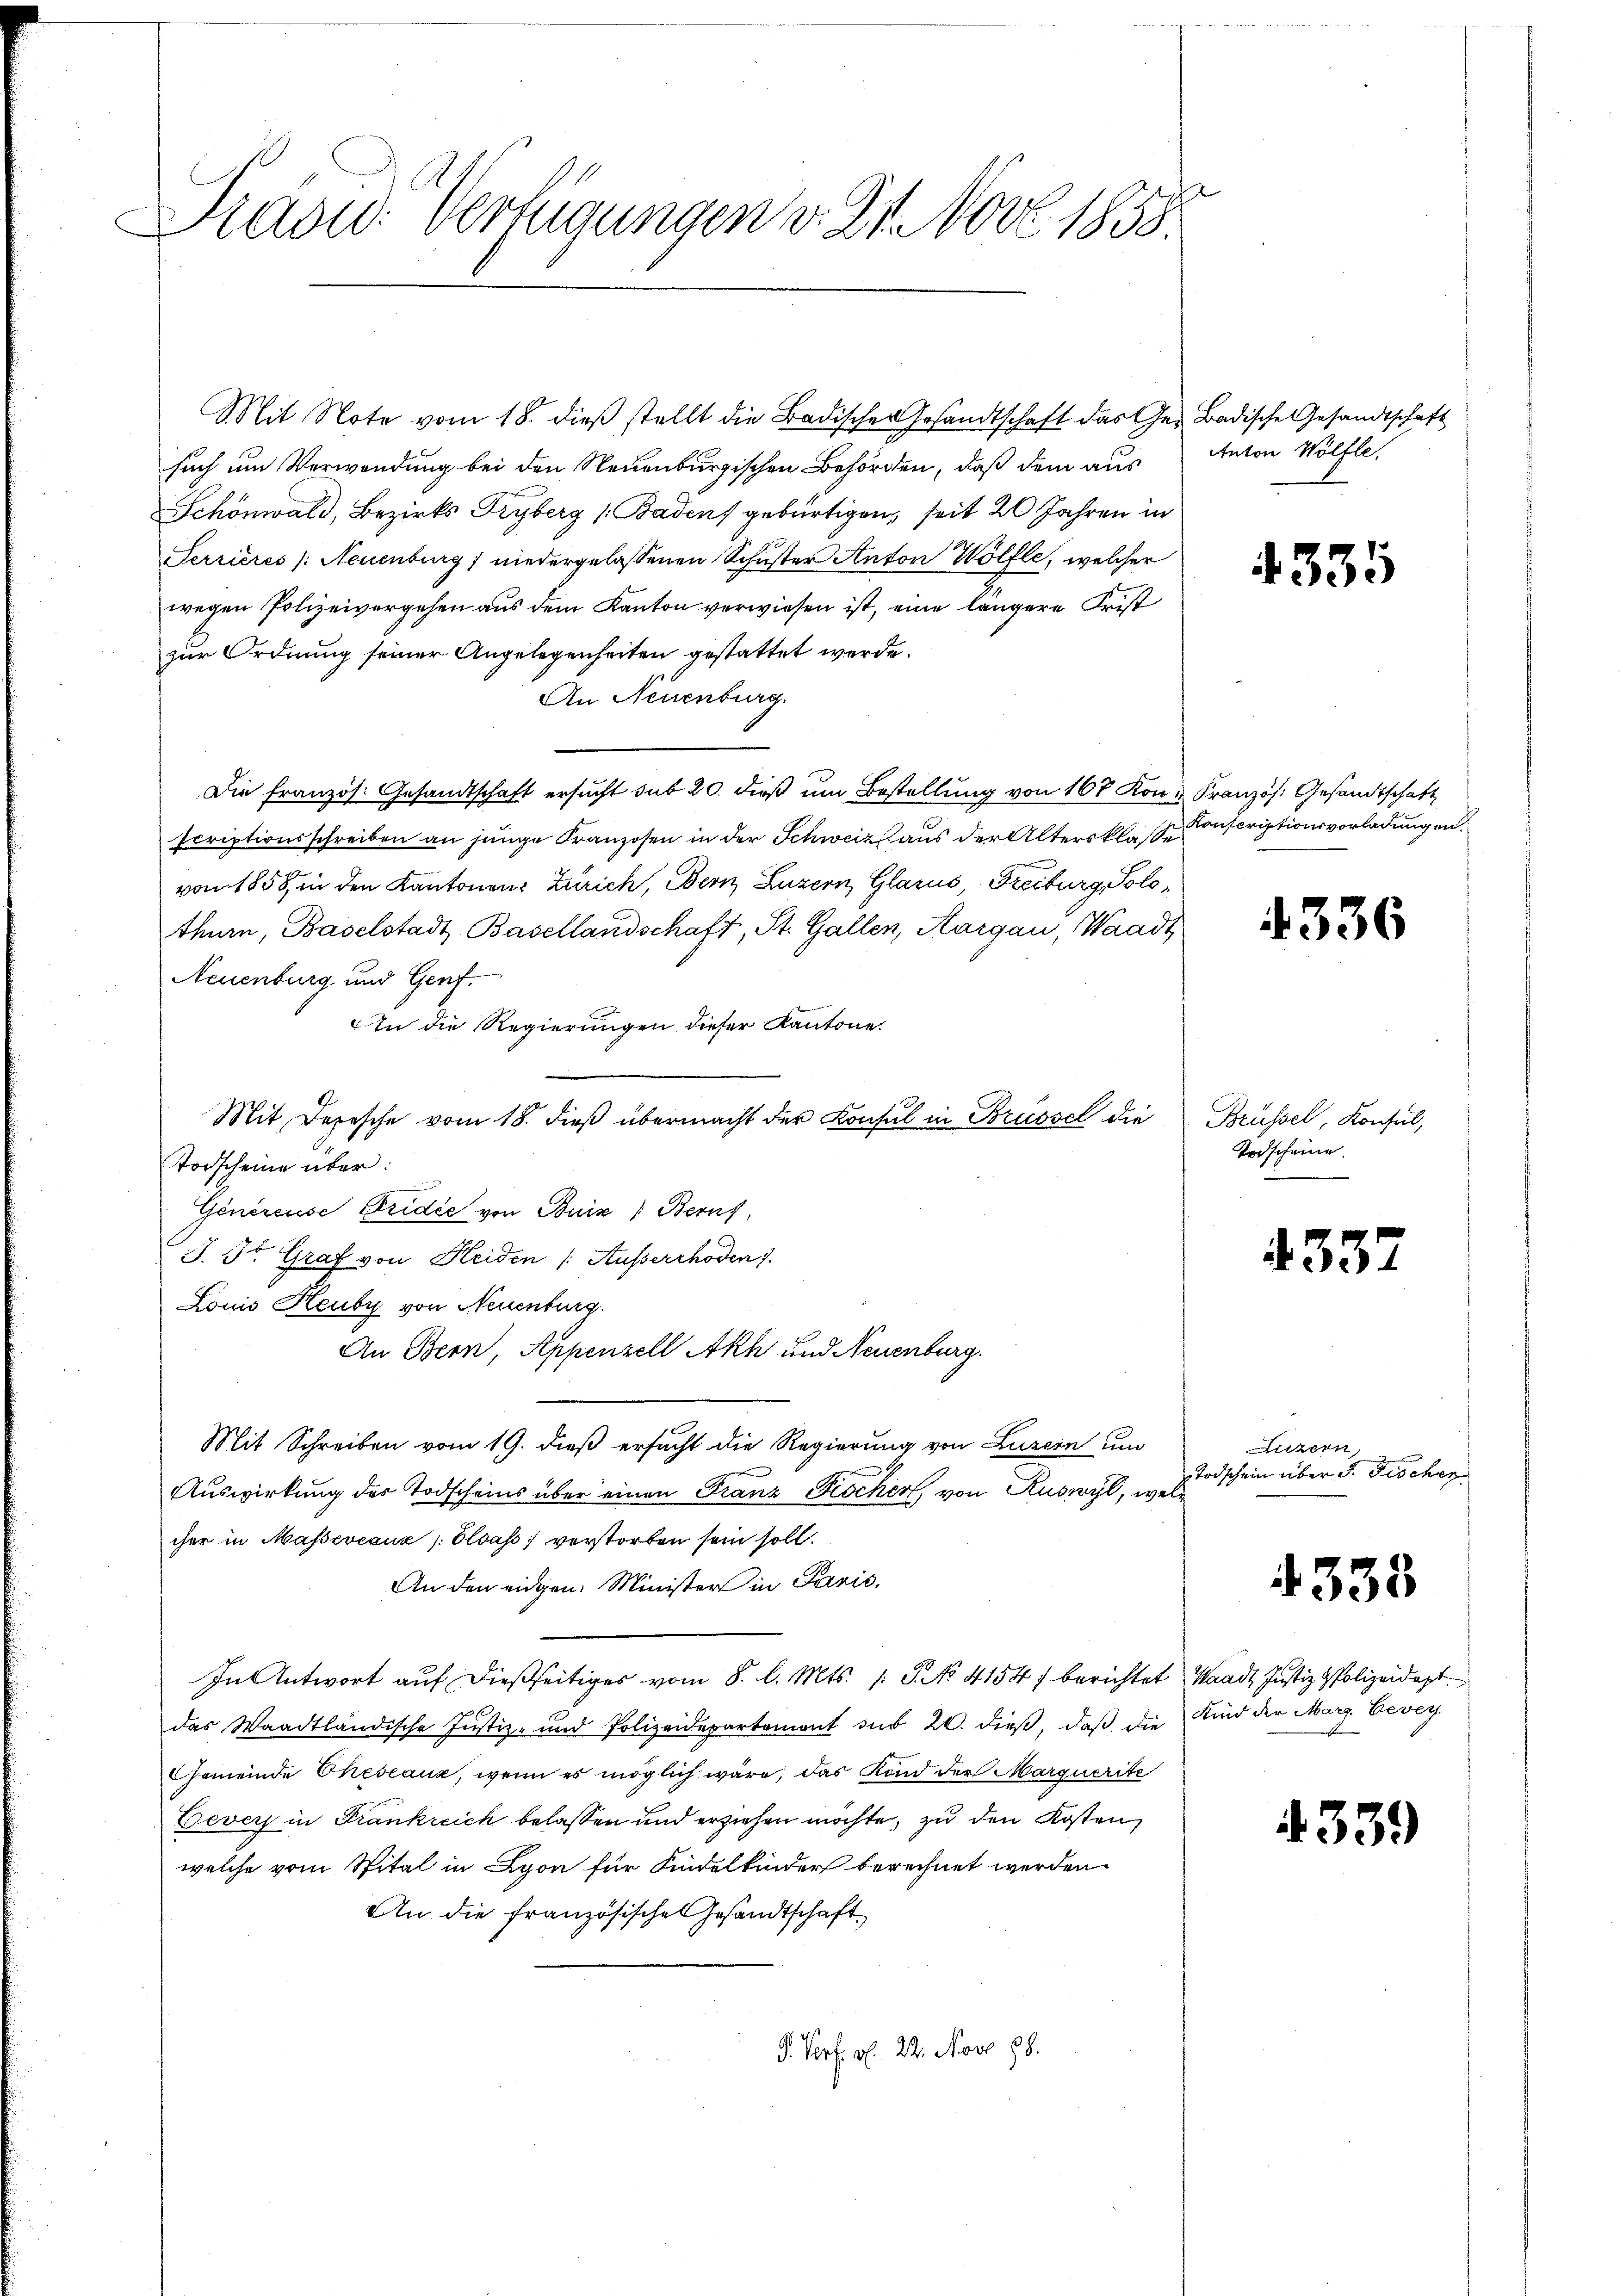
Pradid: Verfügungen v. 21. Nov. 1858.

such um Verwendung bei den Neuenburgischen Behörden, daß dem aus
Schönwald, Bezirks- Fryberg (Badens gebürtigen, seit 20 Jahren in
Serrieres (Neuenburg, niedergelassenen Schuster Anton Wölfle, welcher
wegen Polizeivergehen aus dem Kanton verwiesen ist, eine längere Frist
zur Ordnung seiner Angelegenheiten gestattet werde.
An Neuenburg.
Die französ. Gesandtschaft ersucht sub 20. dieß um Bestellung von 167 Kon: Französ. Gesandtschaft
scriptionsschreiben an junge Franzosen in der Schweiz aus der Altersklasse Conscriptionsvorladungen.
von 1858, in den Kantonen: Zürich, Bern Luzern, Glarus, Freiburg, Solothurn, Baselstadt Basellandschaft, St. Gallen, Aargau, Waadt
Neuenburg und Genf.
AIn die Regierungen dieser Kantone.
Mit Depesche vom 18. dieß übermacht der Konsul in Brüssel die
Torscheine über:
Généreuse Fridee von Buiz Berns,
J. 3o Graf von Heiden /: Ausserrhoden 7.
Louis Heuby von Neuenburg.
An Bern, Appenzell Akh und Neuenburg.
Mit Schreiben vom 19. dieß ersucht die Regierung von Luzern und
Auswirkung des Todscheins über einen Franz Fischer, von Ruswyl, welcher in Masseveaux / Elsass verstorben sein soll.
An den eidgen. Minister in Paris,
In Antwort auf dießseitiges vom 8. l. Mts. /: S. No. 41547 berichtet Waadt Justiz & Polizeidigt.
das Waadtländische Justiz- und Polizeidepartemont sub 20. dieß, daß die Kind der Marg. Vevey
GGemeinde Cheseaux, wenn es möglich wäre, das Kind der Marquerite
Eever in Frankreich belassen und erziehen möchte, zu den Kosten
welche vom Spital in Lyon für Kindelkinder berechnet werden.
An die französischen Gesandtschaft
P. Porf. d. 22. Nove 88.

Mit Note vom 18. dieβ stellt die Badischen Gesandtschaft das Ges. Badische Gesandtschaft

Anton Wölfle.

4335

4336

Brüssel, Konsul,
Todscheine

4337

Luzern,
Todschein über J. Fischen

4338

4339